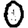
Digit: 0